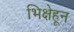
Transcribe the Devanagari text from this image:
भिक्षेहून